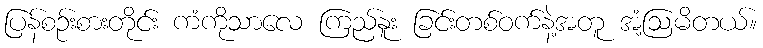
ပြန်စဉ်းစားတိုင်း ကံကိုသာလေ ကြည်နူး ခြင်းတစ်ဝက်နဲ့အတူ အံ့ဩမိတယ်။